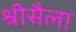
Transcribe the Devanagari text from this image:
श्रीसैला